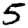
Digit: 5